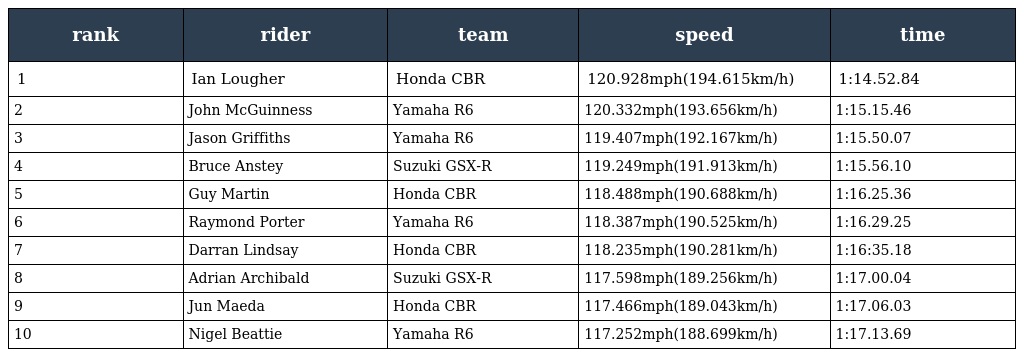
| rank | rider | team | speed | time |
 | --- | --- | --- | --- | --- |
 | 1 | Ian Lougher | Honda CBR | 120.928mph(194.615km/h) | 1:14.52.84 |
 | 2 | John McGuinness | Yamaha R6 | 120.332mph(193.656km/h) | 1:15.15.46 |
 | 3 | Jason Griffiths | Yamaha R6 | 119.407mph(192.167km/h) | 1:15.50.07 |
 | 4 | Bruce Anstey | Suzuki GSX-R | 119.249mph(191.913km/h) | 1:15.56.10 |
 | 5 | Guy Martin | Honda CBR | 118.488mph(190.688km/h) | 1:16.25.36 |
 | 6 | Raymond Porter | Yamaha R6 | 118.387mph(190.525km/h) | 1:16.29.25 |
 | 7 | Darran Lindsay | Honda CBR | 118.235mph(190.281km/h) | 1:16:35.18 |
 | 8 | Adrian Archibald | Suzuki GSX-R | 117.598mph(189.256km/h) | 1:17.00.04 |
 | 9 | Jun Maeda | Honda CBR | 117.466mph(189.043km/h) | 1:17.06.03 |
 | 10 | Nigel Beattie | Yamaha R6 | 117.252mph(188.699km/h) | 1:17.13.69 |